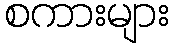
စကားများ